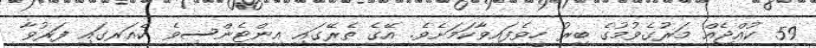
59 ކުއްޖެއް މަރުގެވުމުގެ ބިރު ހީވެފައިވާކަމަށެވެ. އޭގެ ތެރޭގައި އިންޓެންސިވެ ކެއަރގައި ފަރުވާ